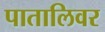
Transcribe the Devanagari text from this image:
पातालिवर